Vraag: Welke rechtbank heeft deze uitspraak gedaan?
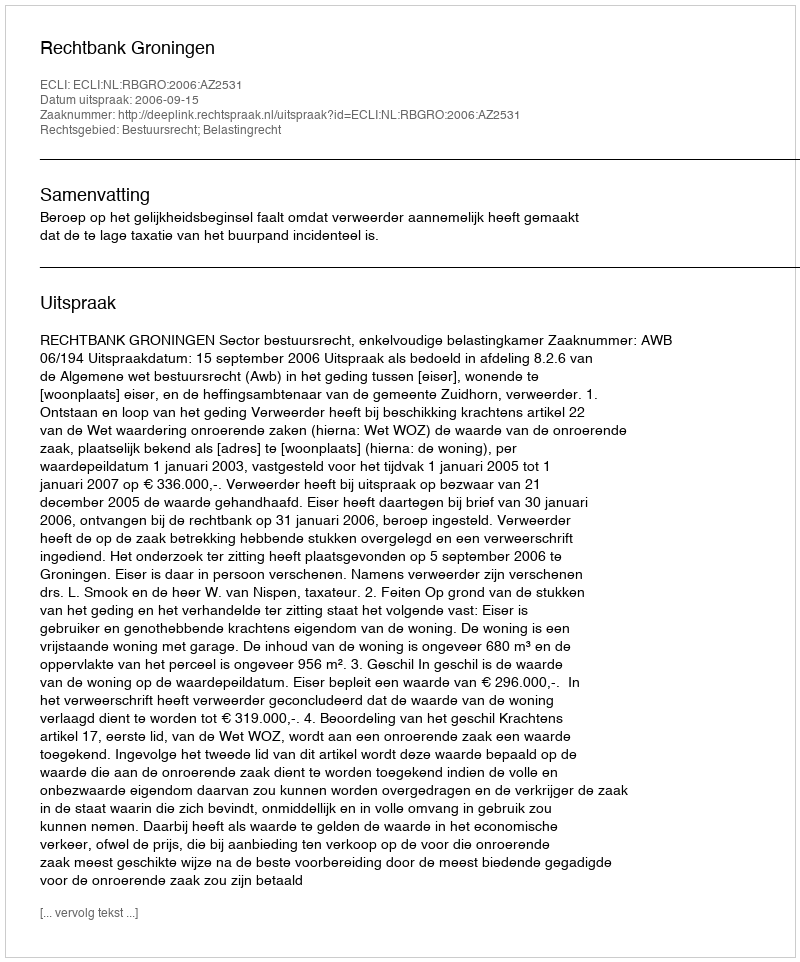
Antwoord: Rechtbank Groningen